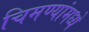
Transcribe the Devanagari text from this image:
चिमण्यांमध्ये